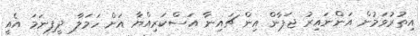
އިތުރުވަމުން އަންނައިރު ޖަޕާން އިން ޗައިނާ އަސްކަރިއްޔާ އަށް ހަމަލާ ދީފިނަމަ އެއީ